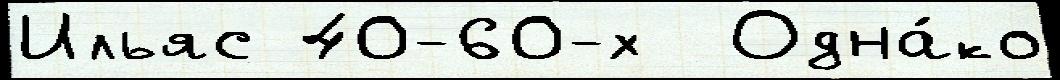
Ильяс 40-60-х  Одна́ко